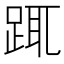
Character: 踂